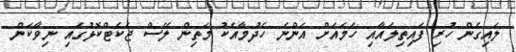
ލައިގެން ހުރި ފައިތިލައާއި ހަމައަށް އަންނަ ހެދުމާއެކު މަތިން ލޭސް ޖެކެޓްކޮޅުގައި ނިވާކަން